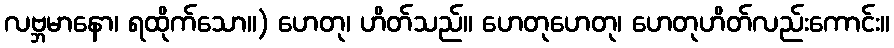
လဗ္ဘမာနော၊ ရထိုက်သော။) ဟေတု၊ ဟိတ်သည်။ ဟေတုဟေတု၊ ဟေတုဟိတ်လည်းကောင်း။